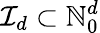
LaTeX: {\mathcal{I}}_{d}\subset{\mathbb{N}}_{0}^{d}